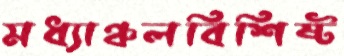
মধ্যাঞ্চলবিশিষ্ট